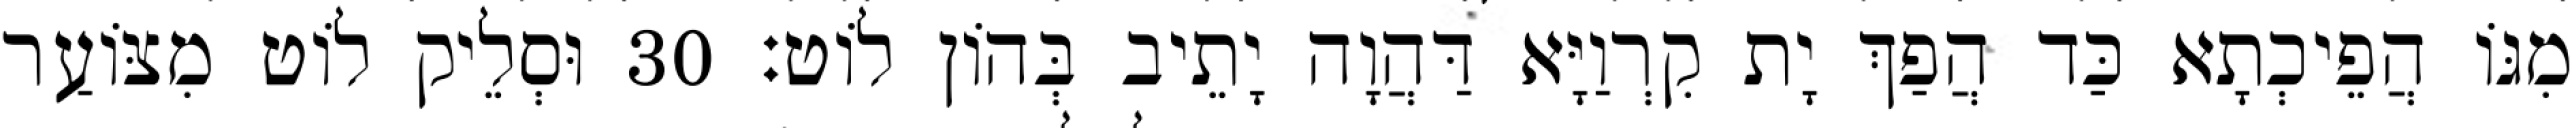
מִגּוֹ הֲפֵיכְתָא כַּד הֲפַךְ יָת קִרְוַיָּא דַּהֲוָה יָתֵיב בְּהוֹן לוֹט׃ 30 וּסְלֵיק לוֹט מִצּוֹעַר